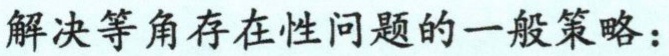
解决等角存在性问题的一般策略：